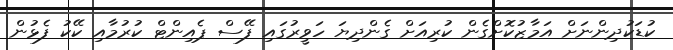
ކުޑަކުދިންނަށް އަމާޒުކޮށްގެން ކުރިއަށް ގެންދިޔަ ހަވީރުގައި ފޭސް ޕެއިންޓް ކުރުމާއި ކޭކު ފެޅުން